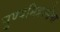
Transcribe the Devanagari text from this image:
पुण्यमित्रस्सेना